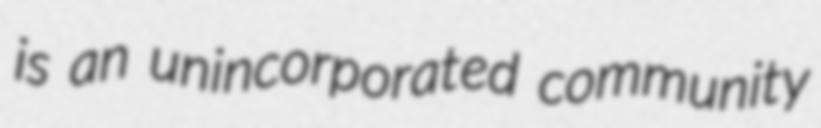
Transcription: is an unincorporated community